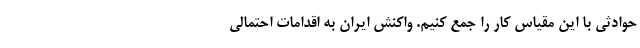
حوادثی با این مقیاس کار را جمع کنیم. واکنش ایران به اقدامات احتمالی